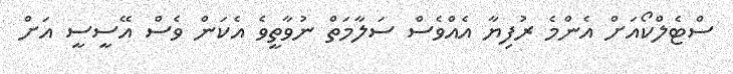
ސްޓެލްކޯއަށް އެންމެ ރުފިޔާ އެެެއްވެސް ސަލާމަތް ނުވާތީވެ އެކަން ވެސް އޭސީސީ އަށް